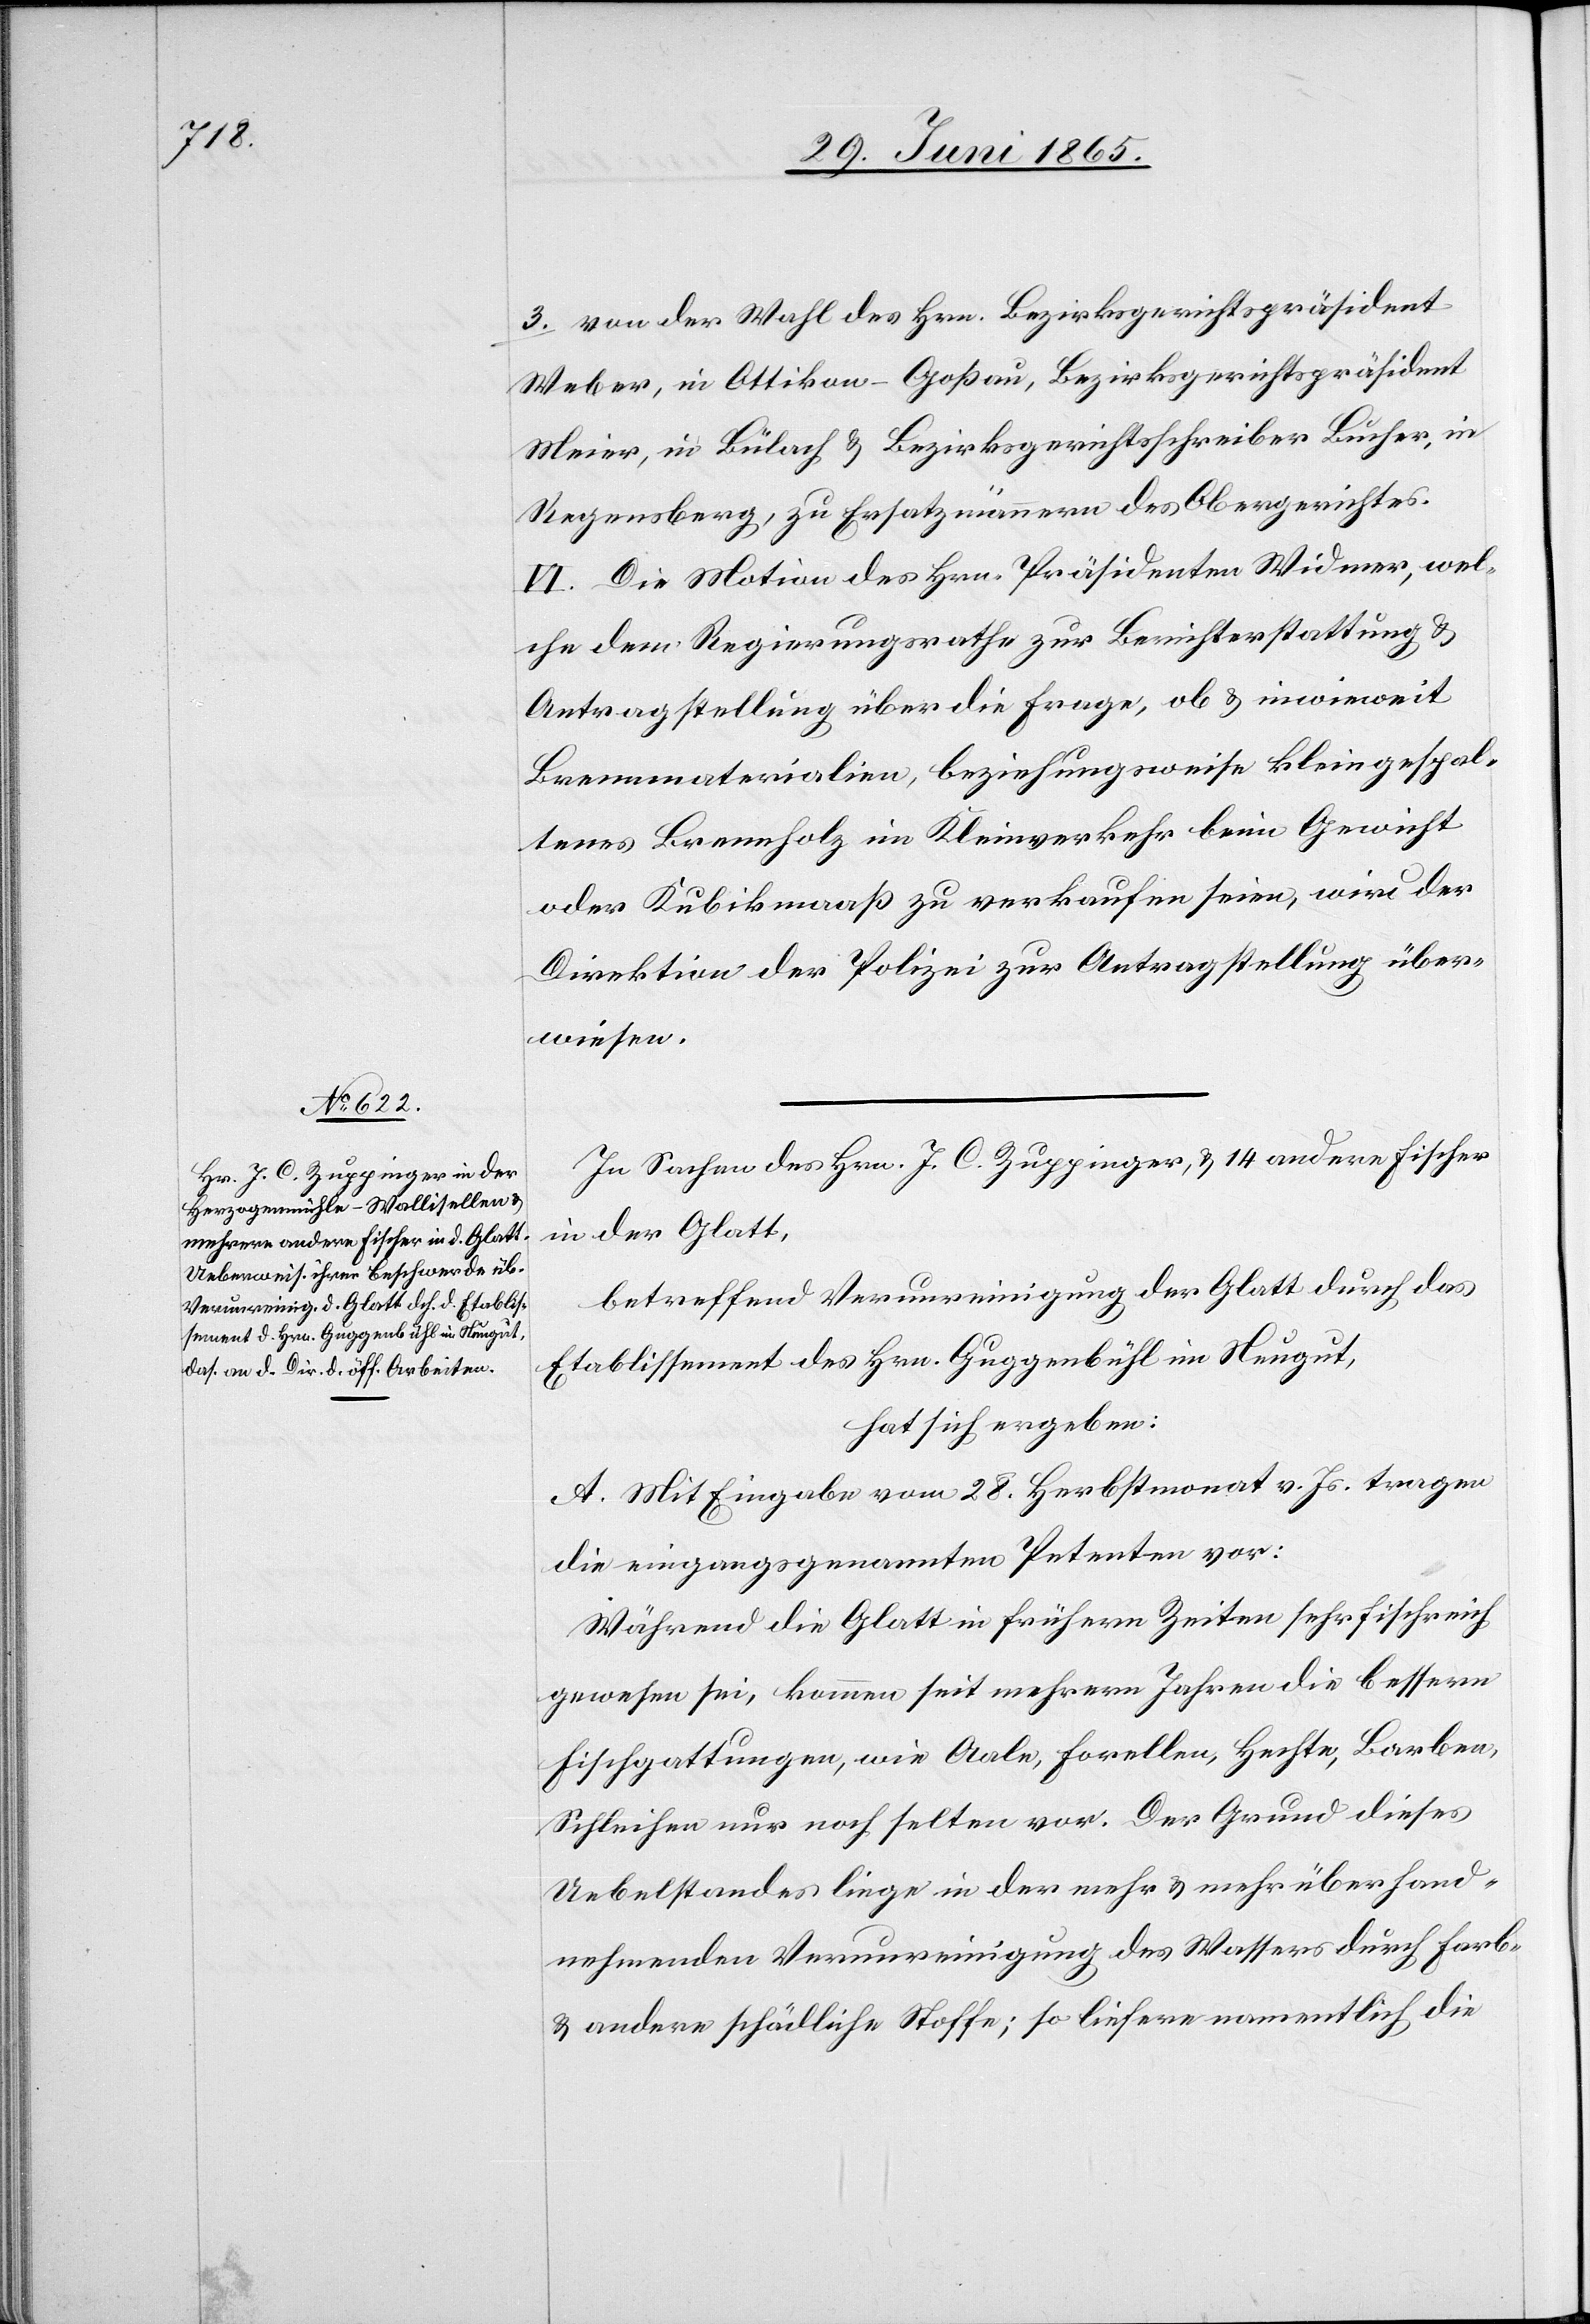
3. von der Wahl des Hrn. Bezirksgerichtspräsident
Weber, in Ottikon-Goßau, Bezirksgerichtspräsident
Meier, in Bülach & Bezirksgerichtsschreiber Bucher, in
Regensberg, zu Ersatzmännern des Obergerichtes.
VI. Die Motion des Hrn. Präsidenten Widmer, wel¬
che dem Regierungsrathe zur Berichterstattung &
Antragstellung über die Frage, ob & inwieweit
Brennmaterialien, beziehungsweise kleingespal¬
tenes Brennholz im Kleinverkehr beim Gewicht
oder Kubikmaaß zu verkaufen seien, wird der
Direktion der Polizei zur Antragstellung über¬
wiesen.
In Sachen des Hrn. J. C. Zuppinger, & 14 andere Fischer
in der Glatt,
betreffend Verunreinigung der Glatt durch das
Etablissement des Hrn. Guggenbühl im Neugut,
hat sich ergeben:
A. Mit Eingabe vom 28. Herbstmonat v. Js. tragen
die eingangsgenannten Petenten vor:
Während die Glatt in früheren Zeiten sehr fischreich
gewesen sei, kommen seit mehrern Jahren die bessern
Fischgattungen, wie Aale, Forellen, Hechte, Barben,
Schleihen nur noch selten vor. Der Grund dieses
Uebelstandes liege in der mehr & mehr überhand¬
nehmenden Verunreinigung des Wassers durch Farb-
& andere schädliche Stoffe; so liefere namentlich die